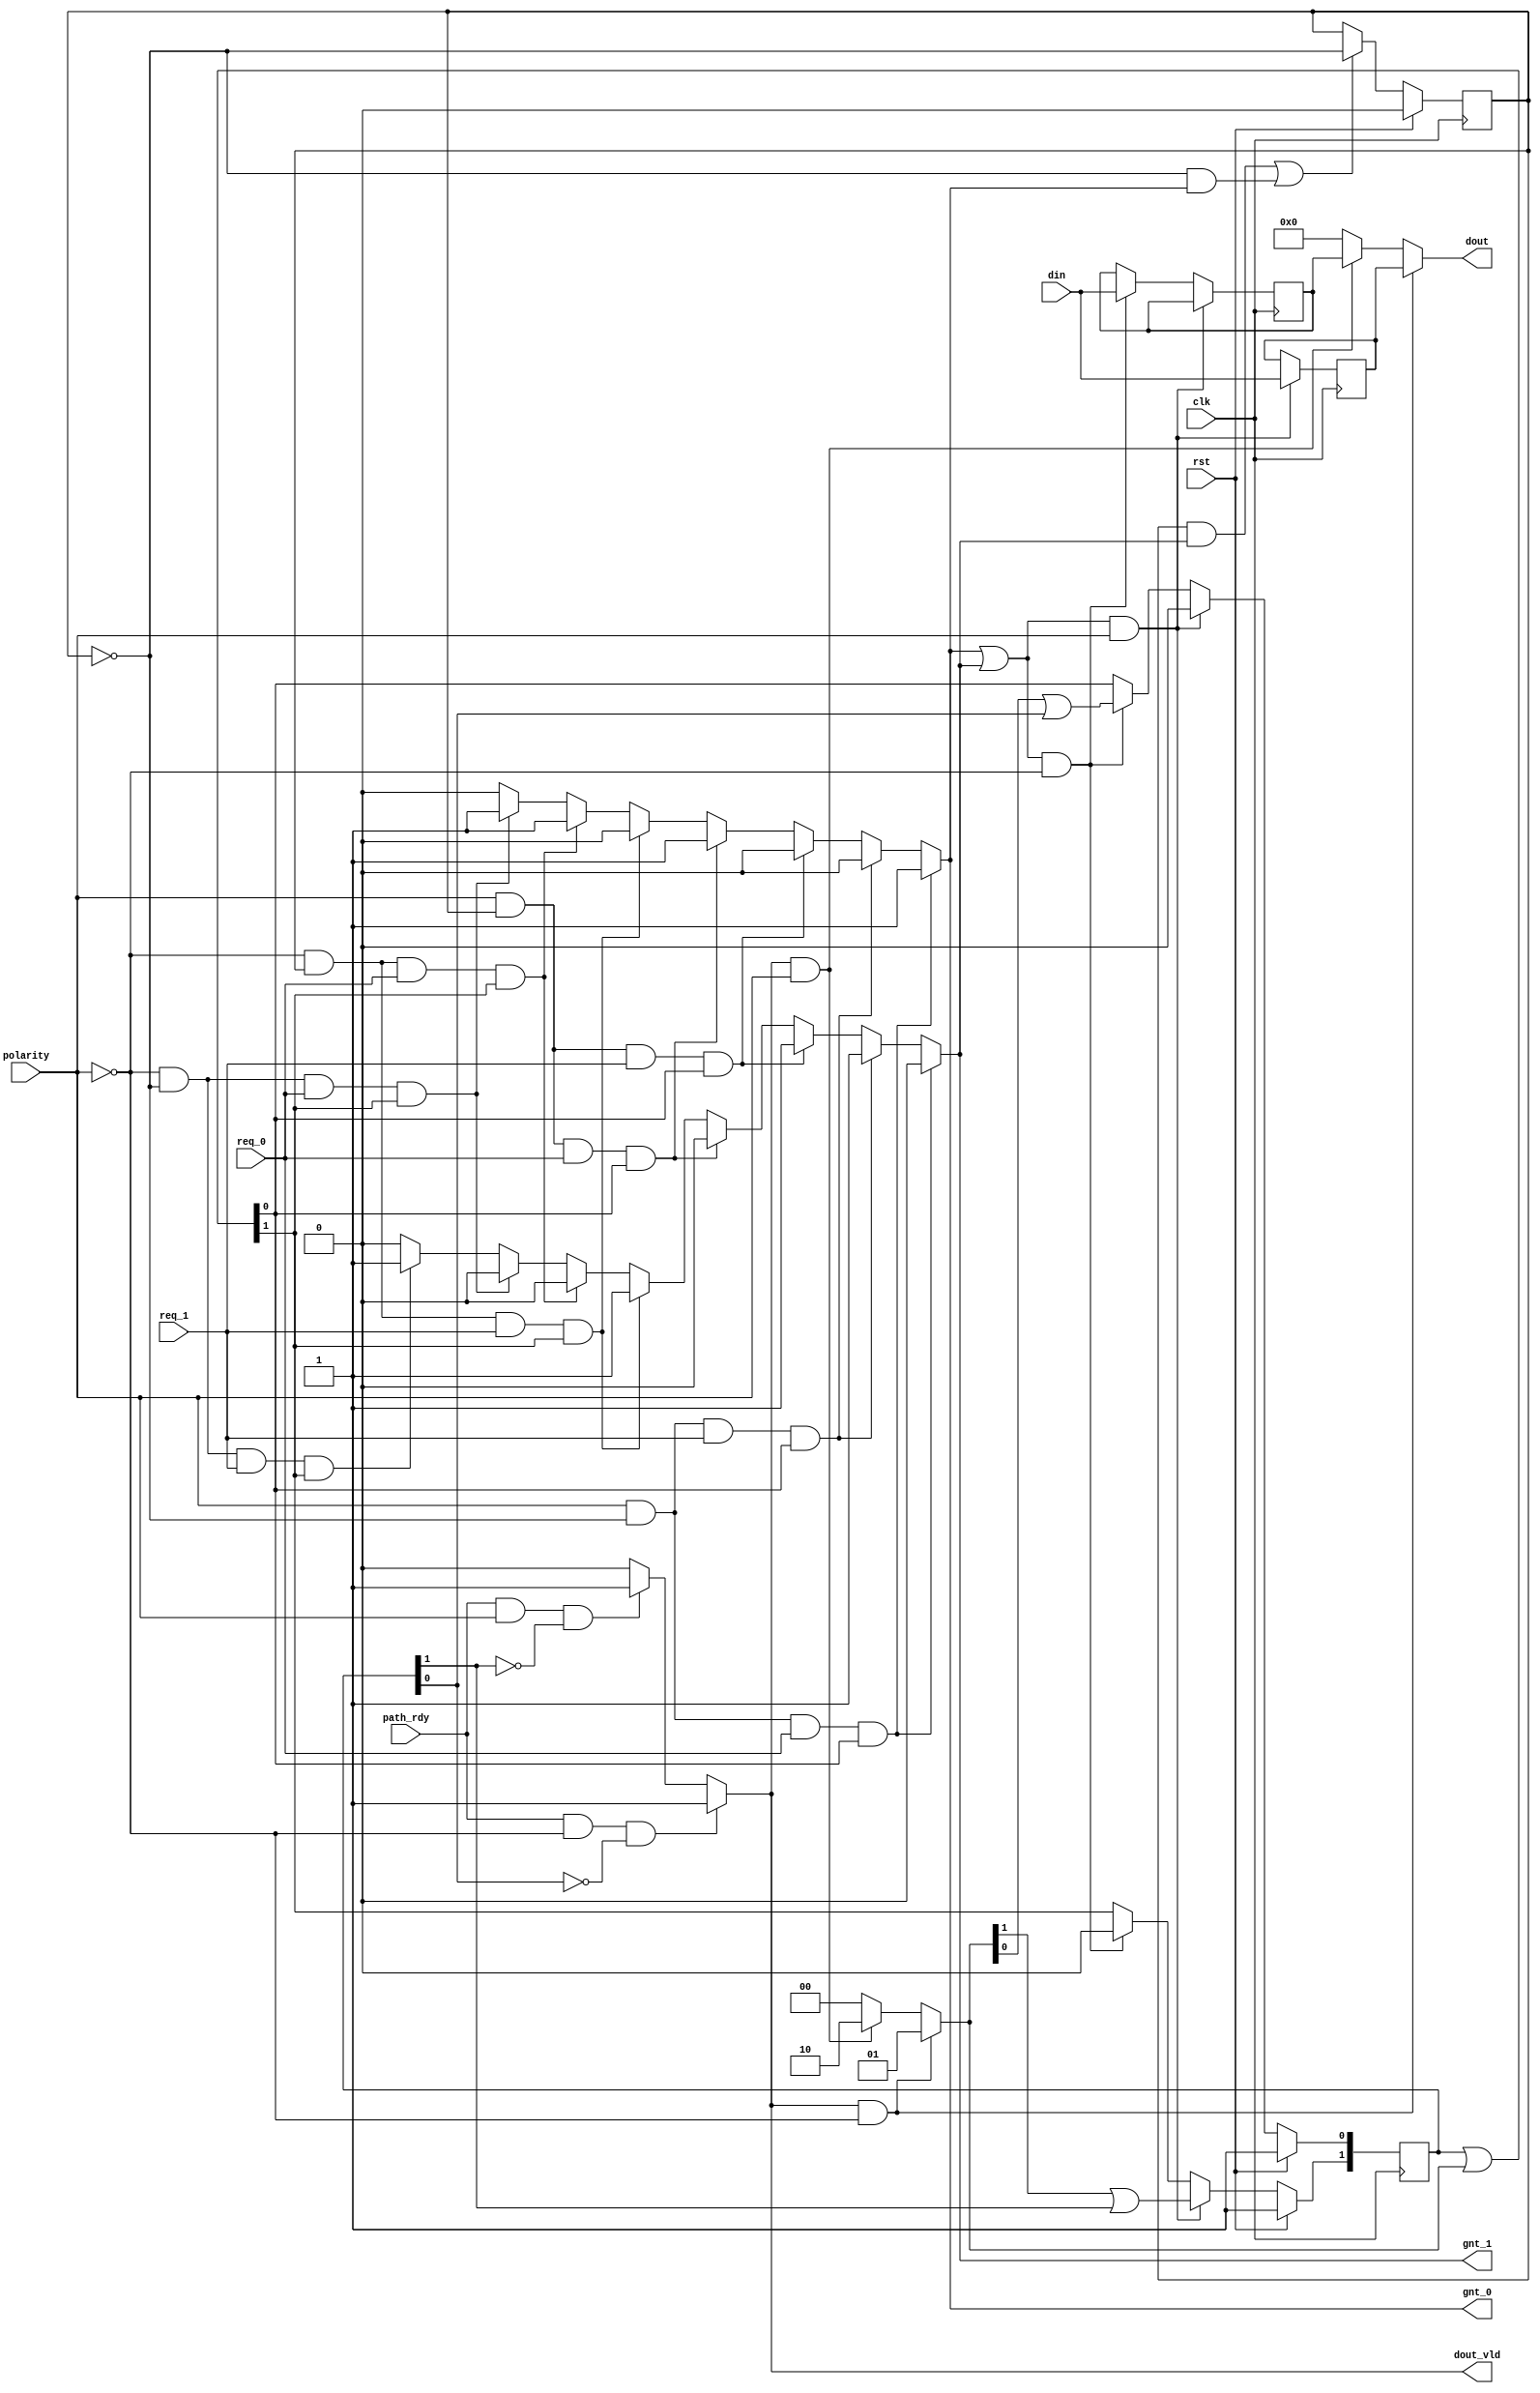
module OUTPUT_CTRL(
    input                       clk,
    input                       rst,
    input                       polarity,
    input                       path_rdy,
    input[63:0]                 din,
    input                       req_0,
    input                       req_1,
    output reg                  gnt_0,
    output reg                  gnt_1,
    output[63:0]                dout,
    output reg                  dout_vld);

    reg[63:0]                   out_buffer[0:1];
    reg[1:0]                    out_buffer_empty;
    reg[1:0]                    out_buffer_will_empty;
    wire[1:0]                   out_buffer_en;

    reg                         prior;
    wire                        gnt_ind;

    assign out_buffer_en = out_buffer_empty | out_buffer_will_empty;

always@(posedge clk) begin
    if(gnt_ind && polarity) begin
        out_buffer[0] <= din;
    end
    else if(gnt_ind && (~polarity)) begin
        out_buffer[1] <= din;
    end
end

always@(posedge clk) begin
    if(rst) begin
        out_buffer_empty <= 2'b11;
    end
    else if(gnt_ind && polarity) begin
        out_buffer_empty[0] <= 1'b0;
        out_buffer_empty[1] <= out_buffer_will_empty[1]|out_buffer_empty[1];
    end
    else if(gnt_ind && (~polarity)) begin
        out_buffer_empty[1] <= 1'b0;
        out_buffer_empty[0] <= out_buffer_will_empty[0]|out_buffer_empty[0];
    end
    else begin
        out_buffer_empty <= out_buffer_empty|out_buffer_will_empty;
    end

end

always@(posedge clk) begin
    if(rst) begin
        prior <= 1'b0;
    end
    else if((prior && gnt_1) || ((~prior) && gnt_0)) begin
        prior <= ~prior;
    end
end

assign gnt_ind = gnt_0 || gnt_1;

always@(*) begin
    gnt_0 = 1'b0;
    gnt_1 = 1'b0;

    if(polarity && (~prior) && req_0 && out_buffer_en[0]) begin
        gnt_0 = 1'b1;
    end
    else if(polarity && (~prior) && req_1 && out_buffer_en[0]) begin
        gnt_1 = 1'b1;
    end
    else if(polarity && prior && req_1 && out_buffer_en[0]) begin
        gnt_1 = 1'b1;
    end
    else if(polarity && prior && req_0 && out_buffer_en[0]) begin
        gnt_0 = 1'b1;
    end
    else if((~polarity) && prior && req_1 && out_buffer_en[1]) begin
        gnt_1 = 1'b1;
    end
    else if((~polarity) && prior && req_0 && out_buffer_en[1]) begin
        gnt_0 = 1'b1;
    end
    else if((~polarity) && (~prior) && req_0 && out_buffer_en[1]) begin
        gnt_0 = 1'b1;
    end
    else if((~polarity) && (~prior) && req_1 && out_buffer_en[1]) begin
        gnt_1 = 1'b1;
    end
end

assign dout = (dout_vld && (~polarity)) ? out_buffer[0] :
                (dout_vld && polarity) ? out_buffer[1] : 64'b0;

always@(*) begin
   dout_vld = 1'b0;
   if(path_rdy && (~polarity) && (~out_buffer_empty[0])) begin
        dout_vld = 1'b1;
   end
   else if(path_rdy && (polarity) && (~out_buffer_empty[1])) begin
        dout_vld = 1'b1;
   end
end

always@(*) begin
    out_buffer_will_empty = 2'b00;
    if(dout_vld && (~polarity)) begin
        out_buffer_will_empty = 2'b01;
    end
    else if(dout_vld && polarity) begin
        out_buffer_will_empty = 2'b10;
    end
end

endmodule